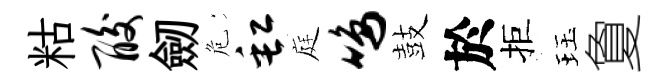
䊀酸劒危缸庭鸣鼓於拒珏夐